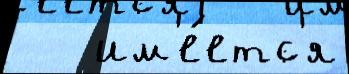
   им'е́етс'я